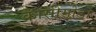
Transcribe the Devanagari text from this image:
कासीमोडो